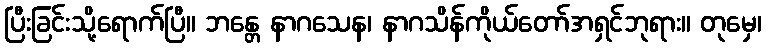
ပြီးခြင်းသို့ရောက်ပြီ။ ဘန္တေ နာဂသေန၊ နာဂသိန်ကိုယ်တော်အရှင်ဘုရား။ တုမှေ၊